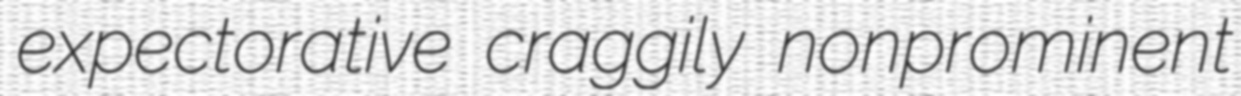
expectorative craggily nonprominent